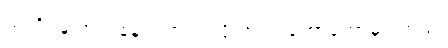
သတိရမှု အလွန်နည်းတယ်လို့ ဘုရားဟောတော်မူပါတယ်၊